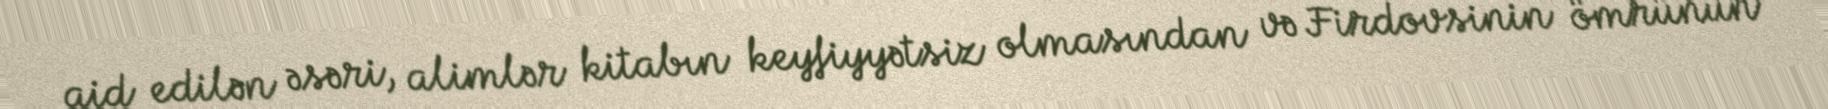
aid edilən əsəri, alimlər kitabın keyfiyyətsiz olmasından və Firdovsinin ömrünün